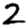
Digit: 2